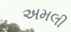
અમલી